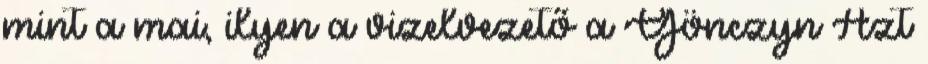
mint a mai, ilyen a vizelvezető a Gönczyn Azt